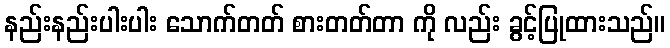
နည်းနည်းပါးပါး သောက်တတ် စားတတ်တာ ကို လည်း ခွင့်ပြုထားသည်။